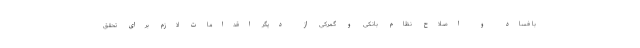
با فساد و اصلاح نظام بانکی و گمرکی از دیگر اقدامات لازم برای تحقق